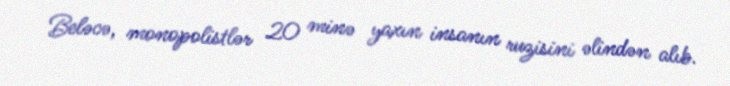
Beləcə, monopolistlər 20 minə yaxın insanın ruzisini əlindən alıb.